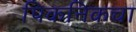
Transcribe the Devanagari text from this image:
पिकनिकचा